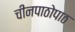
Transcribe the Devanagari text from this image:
चीनपाठोपाठ